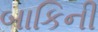
બાકિની